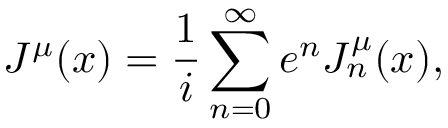
J ^ { \mu } ( x ) = \frac 1 i \sum _ { n = 0 } ^ { \infty } e ^ { n } J _ { n } ^ { \mu } ( x ) ,